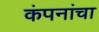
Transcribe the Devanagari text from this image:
कंपनांचा